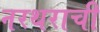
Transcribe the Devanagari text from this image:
नरथराची